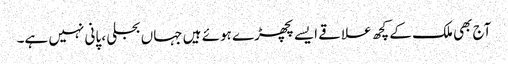
آج بھی ملک کے کچھ علاقے ایسے پچھڑے ہوئے ہیں جہاں بجلی ، پانی نہیں ہے۔